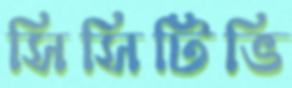
সিসিটিভি